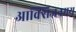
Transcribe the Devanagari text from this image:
आक्सिजनमय